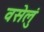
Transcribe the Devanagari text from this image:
वसेलुं